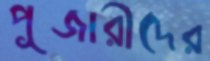
পূজারীদের